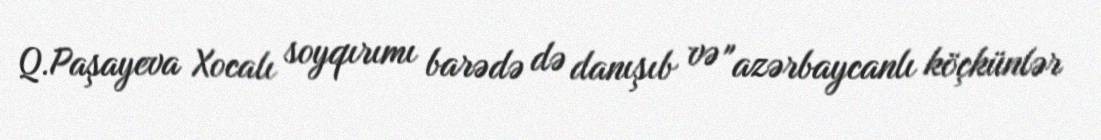
Q.Paşayeva Xocalı soyqırımı barədə də danışıb və "azərbaycanlı köçkünlər